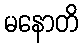
မနောတိ